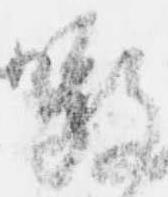
嗷